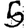
Digit: 5